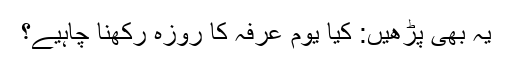
یہ بھی پڑھیں: کیا یوم عرفہ کا روزہ رکھنا چاہیے؟